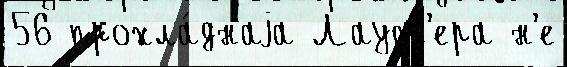
56 прохла́днаjа Лаусс'ера н'е